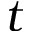
t